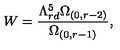
W = \frac { \Lambda _ { r d } ^ { 5 } \Omega _ { ( 0 , r - 2 ) } } { \Omega _ { ( 0 , r - 1 ) } } ,